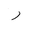
Letter: _ra